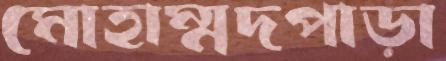
মোহাম্মদপাড়া